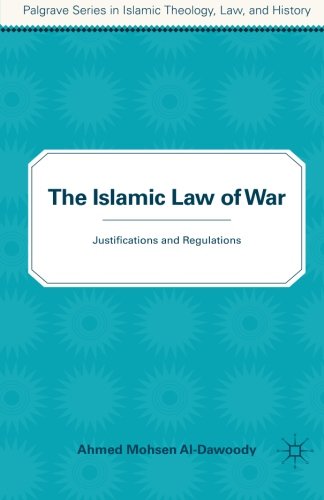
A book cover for The Islamic Law of War: Justifications and Regulations (Palgrave Series in Islamic Theology, Law, and History); Ahmed Al-Dawoody; Religion & Spirituality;